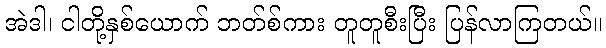
အဲဒါ၊ ငါတို့နှစ်ယောက် ဘတ်စ်ကား တူတူစီးပြီး ပြန်လာကြတယ်။